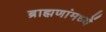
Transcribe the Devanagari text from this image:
ब्राह्मणांमध्यें